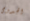
الجدوى